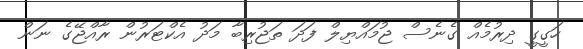
ހަގީގީ ދިރުމެއް ގެނެސް ޖުމައްޔިލް ފަދަ ތަޖުރިބާ މަދު އެކްޓަރުން ރާއްޖޭގެ ނަން